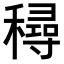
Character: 𥢛